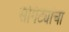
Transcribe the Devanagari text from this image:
सोगंट्यांचा